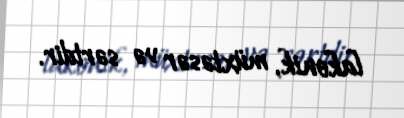
lakonik, müxtəsər və sərtdir.